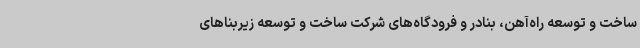
ساخت و توسعه راه‌آهن، بنادر و فرودگاه‌های شرکت ساخت و توسعه زیربناهای